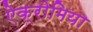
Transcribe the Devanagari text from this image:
ऐक्रोमिया